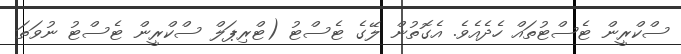
ސްކްރީން ޓެސްޓުތައް ހެދެއެވެ. އެގޮތުން ލޭގެ ޓެސްޓު (ޓްރިޕަލް ސްކްރީން ޓެސްޓު ނުވަތަ